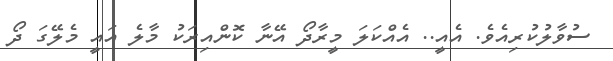
ސުވާލުކުރިއެވެ. އެއީ.. އެއްކަލަ މީރާދޯ އޭނާ ކޮންއިރަކު މާލެ އައީ މެލޭގަ ދޯ